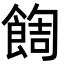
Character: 䭇